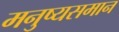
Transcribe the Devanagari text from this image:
मनुष्यसमान